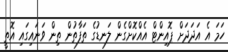
ހަމަ އެ އަދަދަށް ޕޮއިންޓް އެއްކޮށްގެން ލަނޑުގެ ތަފާތުން ތިން ވަނައިގައި އޮތީ